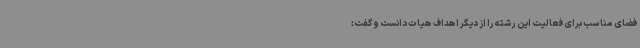
فضای مناسب برای فعالیت این رشته را از دیگر اهداف هیات دانست و گفت: